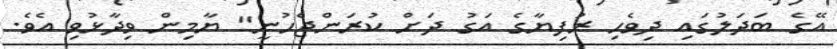
އޭގެ ބަދަލުގައި ދިވެހި ރުފިޔާގެ އަގު ދަށް ކުރަންޖެހުނީ" ޔާމިން ވިދާޅުވި އެވެ.